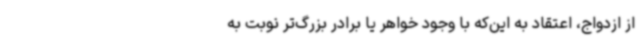
از ازدواج، اعتقاد به این‌که با وجود خواهر یا برادر بزرگ‌تر نوبت به